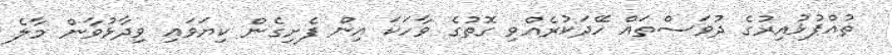
ތުއްޕުޅުއިރުގެ ދުވަސްތައް ހޭދަކުރެއްވި ގޮތުގެ ވާހަކަ އިން ފެށިގެން ކިޔަވައި ވިދާޅުވާން މާލެ